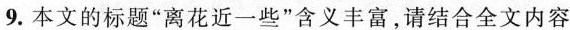
9.本文的标题“离花近一些”含义丰富，请结合全文内容